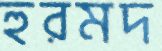
হুরমদ